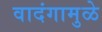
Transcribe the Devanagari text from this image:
वादंगामुळे